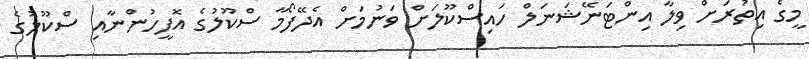
މީގެ އިތުރަށް ވިލާ އިންޓަނޭޝަނަލް ހައިސްކޫލަށް ވަނުމަށް އެދޭފޯމާ ސްކޫލުގެ އޮފީހުންނާއި ސްކޫލުގެ